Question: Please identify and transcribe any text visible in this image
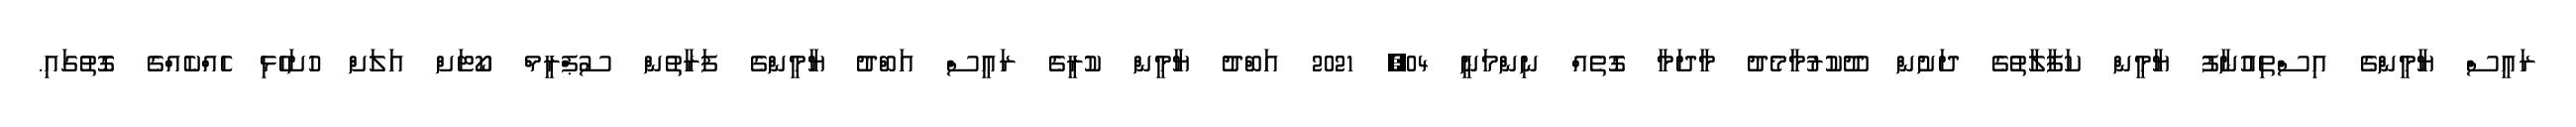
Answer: ރައީސް ޔާމީންގެ އިސްތިއުނާފު ޔާމީން ކަފާލާތުގެ ދަށުން ދޫކުރުމާމެދު މާދަމާ ގޮތެއް ނިންމަނީ 04, 2021 އަބްދު ޔާމީން ކުރީގެ ރައީސް އަބްދު ޔާމީންގެ ފަރާތުން ސުޕްރީމް ކޯޓަށް އަލަށް ހުށަހެޅި ހެއްކެއްގެ ގޮތުގައި.